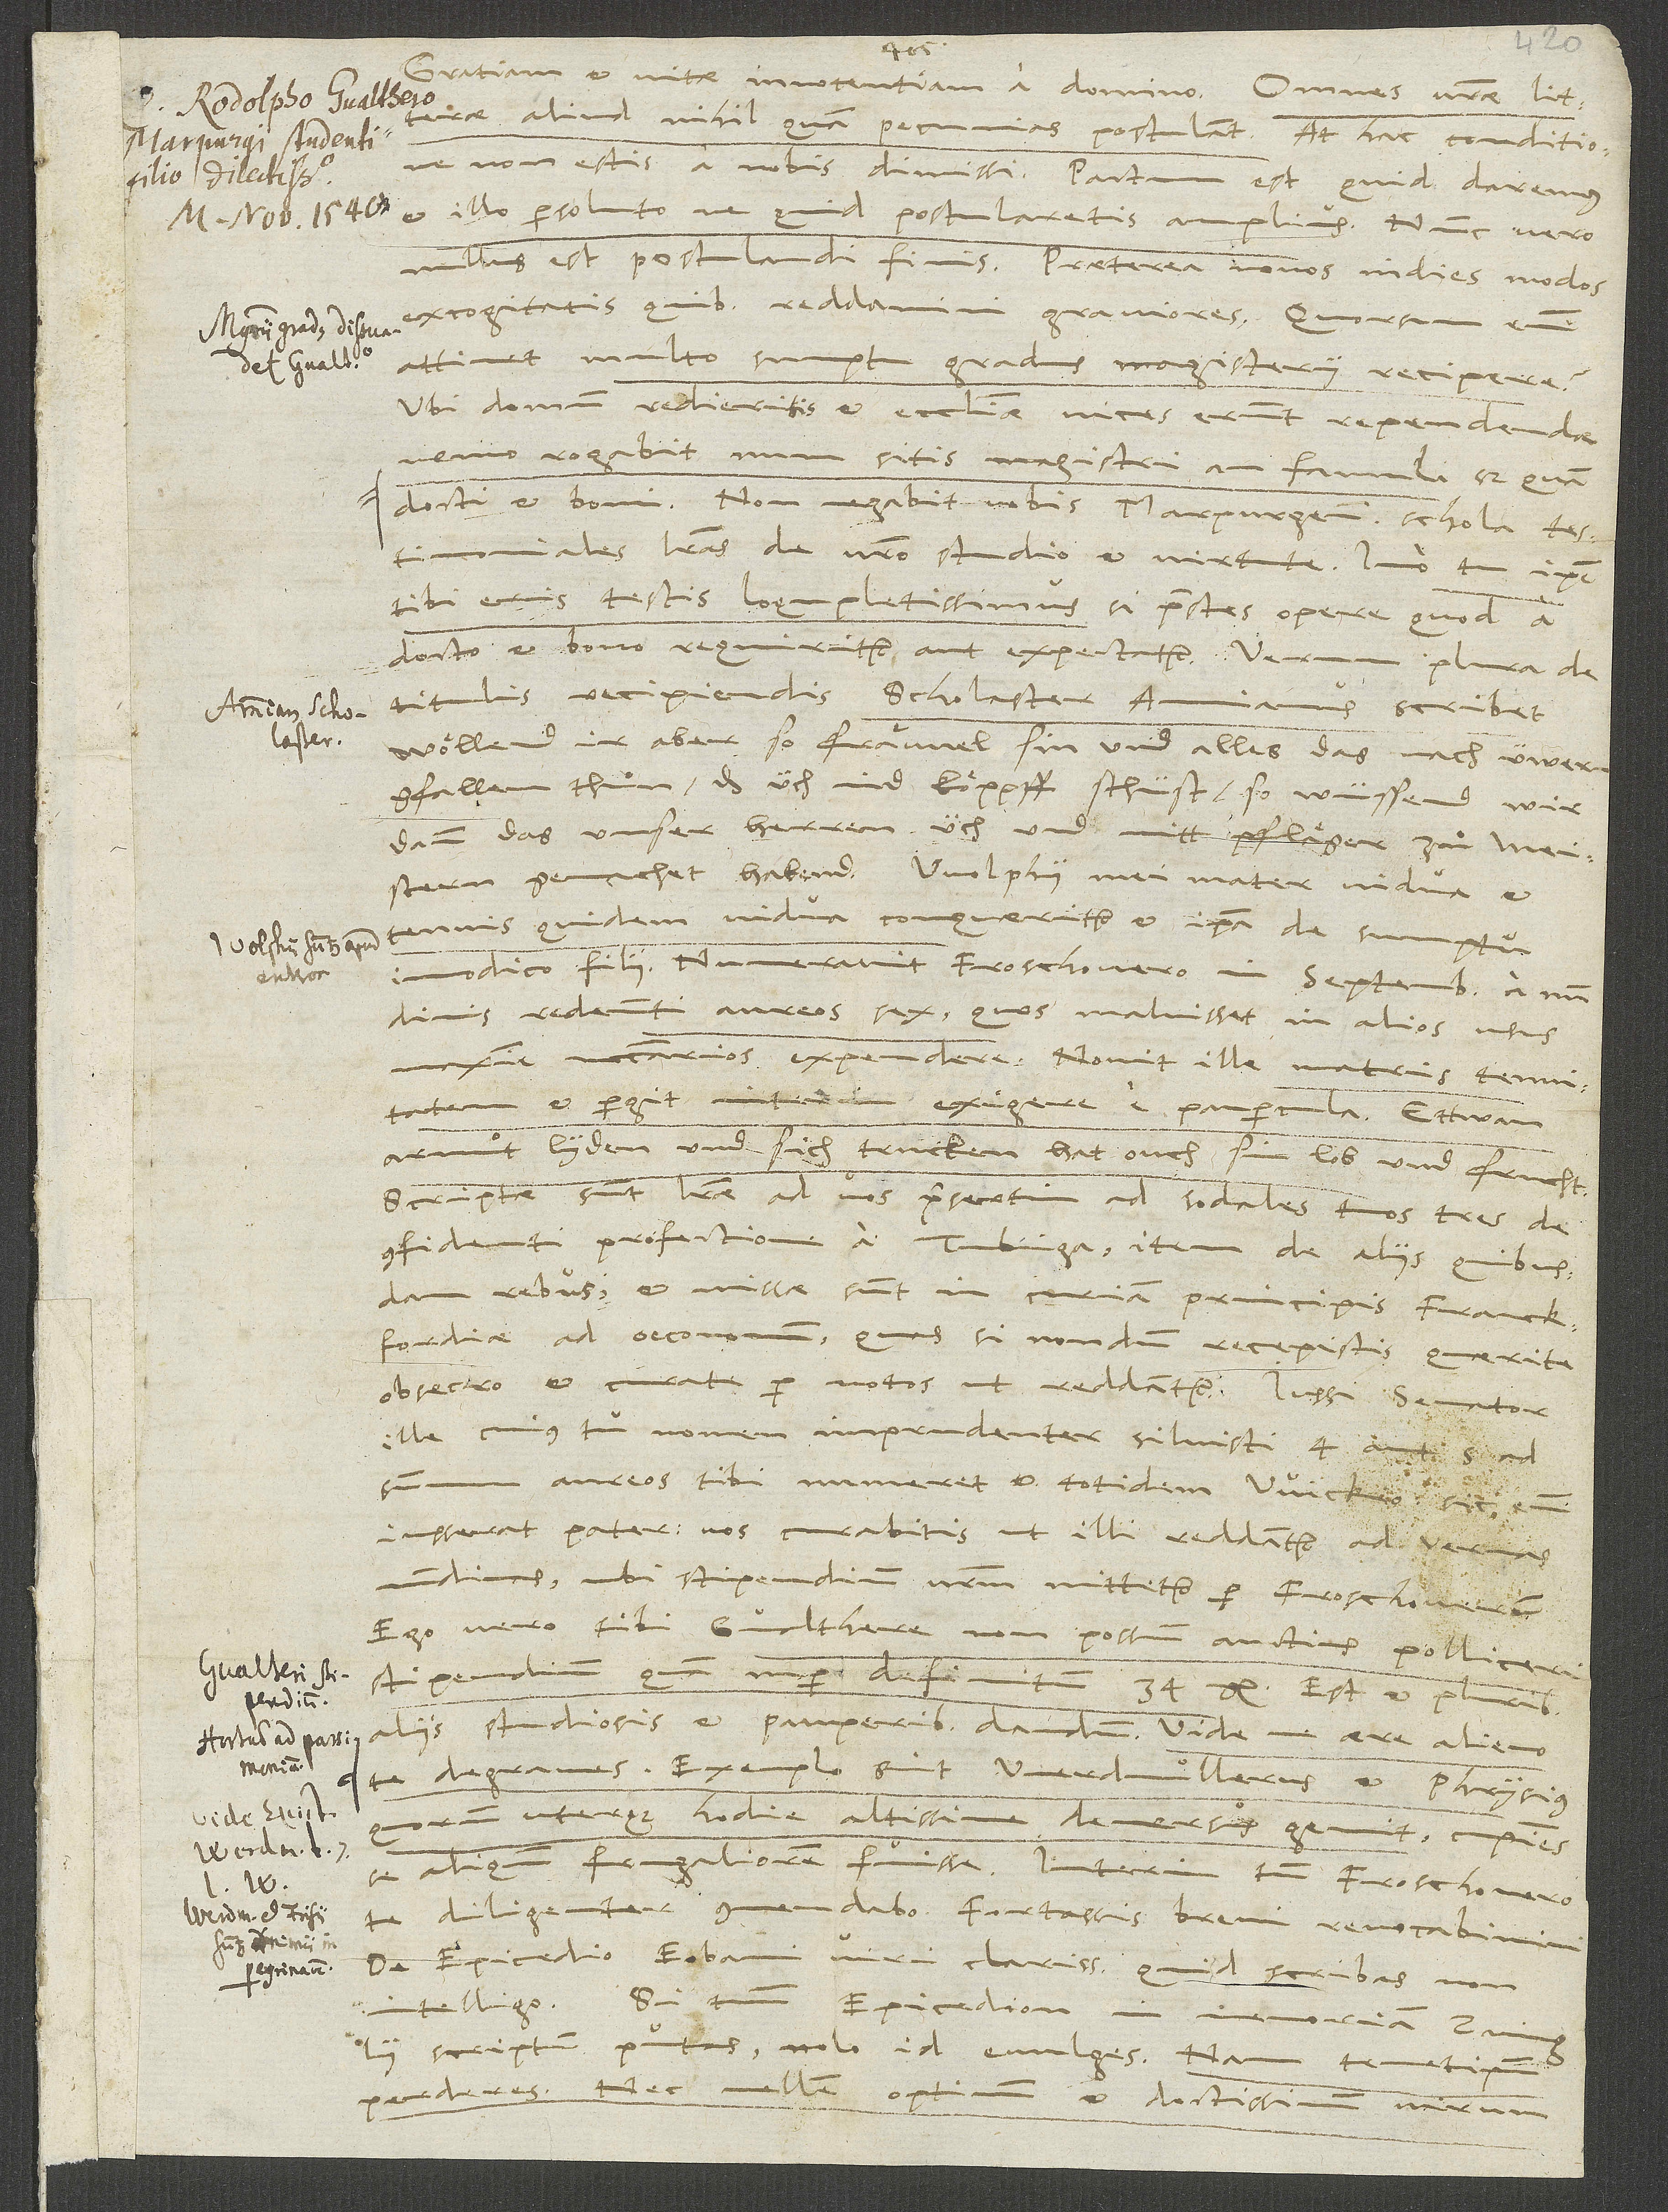
literae aliud nihil quam pecunias postulant. At hac conditione
illo persoluto ne quid postularetis amplius. Nunc vero
nullus est postulandi finis. Praeterea novos in dies modos
excogitatis, quibus reddamini graviores. Quorsum enim
attinet multo sumptu gradus magisterii recipere?
Ubi domum redieritis et ecclesiae vices erunt rependendae,
nemo rogabit, num sitis magistri an famuli, sed quam
docti et boni. Non negabit vobis Marpurgensis schola
testimoniales literas de vestro studio et virtute. Imo tu ipse
tibi eris testis locupletissimus, si praestes opere, quod a
docto et bono requiritur aut expectatur. Verum plura de
titulis recipiendis scholaster Amianus scribet.
Wöllend ir aber so frävvel sin und alles das nach üwer
gfallen thuͦn, das üch ind köppff schüst, so wüssend wir
dann, das unser herren üch und nitt pfläger zuͦ meistern
gemachet habend. Wolphii mei mater vidua et
tenuis quidem vidua conqueritur et ipsa de sumptu
imodico filii. Numeravit Froschouero in septembri a nundinis
redeunti aureos sex, quos maluisset in alios usus
maxime necessarios expendere. Novit ille matris tenuitatem
et pergit interim exigere a paupercula. Ettwan
armuͦt lyden und sich trucken hat ouch sin lob und frucht.
Scriptae sunt literae ad vos, praesertim ad sodales tuos tres de
confidenti profectione a Tubinga, item de aliis quibusdam
rebus, et missae sunt in curiam principis Franckfordiae
ad oeconomum. Quas si nondum recepistis, quaerite,
ille, cuius tu nomen imprudenter siluisti, 4 aut 5 ad
summum
aureos tibi numeret et totidem Wickio; sic eum
iusserat pater. Vos curabitis, ut illi reddantur ad vernas
nundinas, ubi stipendium vestrum mittetur per Froschouerum.
Ego vero tibi, Gvalthere, non possum auctius polliceri
stipendium quam nuper definitum 34 gl. Est et pluribus
te degraves; exemplo sint Werdmullerus et Phrysius,
quorum uterque hodie altissime demersus gemit cupiens
se aliquando frugaliorem fuisse. Interim tamen Froschouero
De epicedio Eobani, viri clarissimi, quid scribas,
intelligo. Si tamen epicedion in memoriam Zvinglii
scriptum putas, nolo, id evulges, nam temetipsum
perderes, nec vellem optimum et doctissimum virum